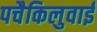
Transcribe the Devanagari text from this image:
पचैकिलुवाई